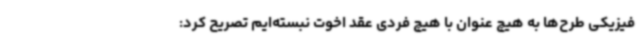
فیزیکی طرح‌ها به هیچ عنوان با هیچ فردی عقد اخوت نبسته‌ایم تصریح کرد: